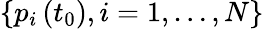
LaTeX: \left\{ p_{i}\left(t_{0}\right),i=1,\ldots,N\right\}